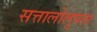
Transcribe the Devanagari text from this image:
सत्तालोलुपता